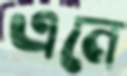
এনে